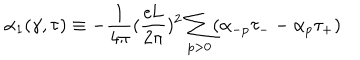
LaTeX: { \alpha } _ { 1 } ( \gamma , \tau ) \equiv - \frac { 1 } { 4 \pi } ( \frac { e \mathrm { L } } { 2 \pi } ) ^ { 2 } \sum _ { p > 0 } ( { \alpha } _ { - p } { \tau } _ { - } - { \alpha } _ { p } { \tau } _ { + } )